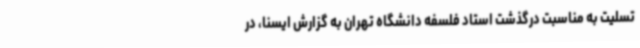
تسلیت به مناسبت درگذشت استاد فلسفه دانشگاه تهران به گزارش ایسنا، در